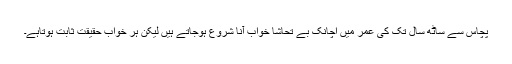
پچاس سے ساٹھ سال تک کی عمر میں اچانک بے تحاشا خواب آنا شروع ہوجاتے ہیں لیکن ہر خواب حقیقت ثابت ہوتاہے۔